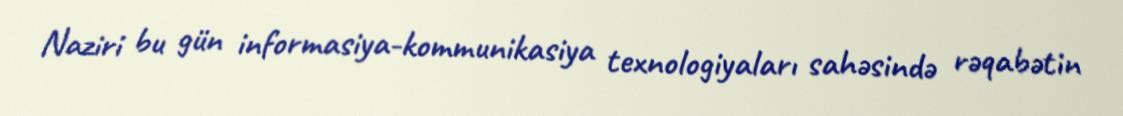
Naziri bu gün informasiya-kommunikasiya texnologiyaları sahəsində rəqabətin